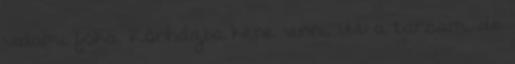
valami fóka. Kórházba kéne vinni. itt a társam, de